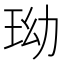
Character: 𤤬